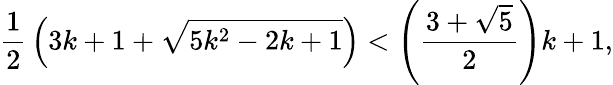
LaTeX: {\frac{1}{2}}\left(3k+1+{\sqrt{5k^{2}-2k+1}}\right)<\left({\frac{3+{\sqrt{5}}}{2}}\right)k+1,